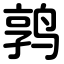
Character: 鹑